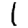
Digit: 1